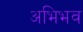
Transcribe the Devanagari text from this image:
अभिभव